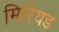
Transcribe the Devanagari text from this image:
मिरियड